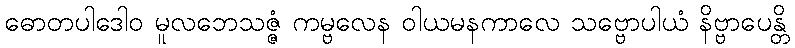
ဓောတပါဒေါဝ မူလဘေသဇ္ဇံ ကမ္ဗလေန ဝါယမနကာလေ သဗ္ဗောပါယံ နိဗ္ဗာပေန္တိ